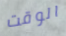
الوقت